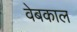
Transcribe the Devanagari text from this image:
वेबकाल